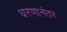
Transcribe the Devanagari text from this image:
धरणानंतर